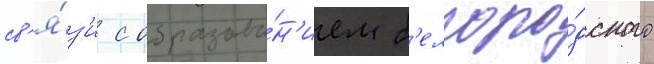
св'я́з'и с образова́н'ием б'елгоро́дского